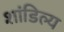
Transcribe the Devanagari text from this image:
शांडिल्‍य